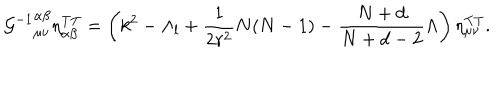
LaTeX: { { \cal G } ^ { - 1 } } _ { \mu \nu } ^ { \alpha \beta } \eta _ { \alpha \beta } ^ { \mathrm { T T } } = \left( k ^ { 2 } - \Lambda _ { l } + \frac { 1 } { 2 r ^ { 2 } } N ( N - 1 ) - \frac { N + d } { N + d - 2 } \Lambda \right) \eta _ { \mu \nu } ^ { \mathrm { T T } } .